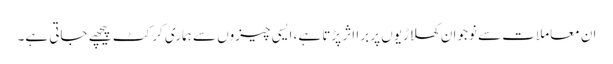
ان معاملات سے نوجوان کھلاڑیوں پر برا اثر پڑتا ہے، ایسی چیزوں سے ہماری کرکٹ پیچھے جاتی ہے۔